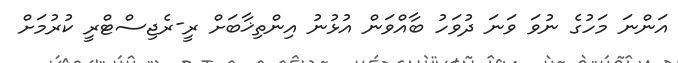
އަންނަ މަހުގެ ނުވަ ވަނަ ދުވަހު ބާއްވަން އުޅުނު އިންތިޚާބަށް ރީ-ރެޖިސްޓްރީ ކުރުމަށް